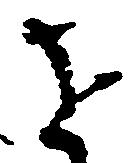
を